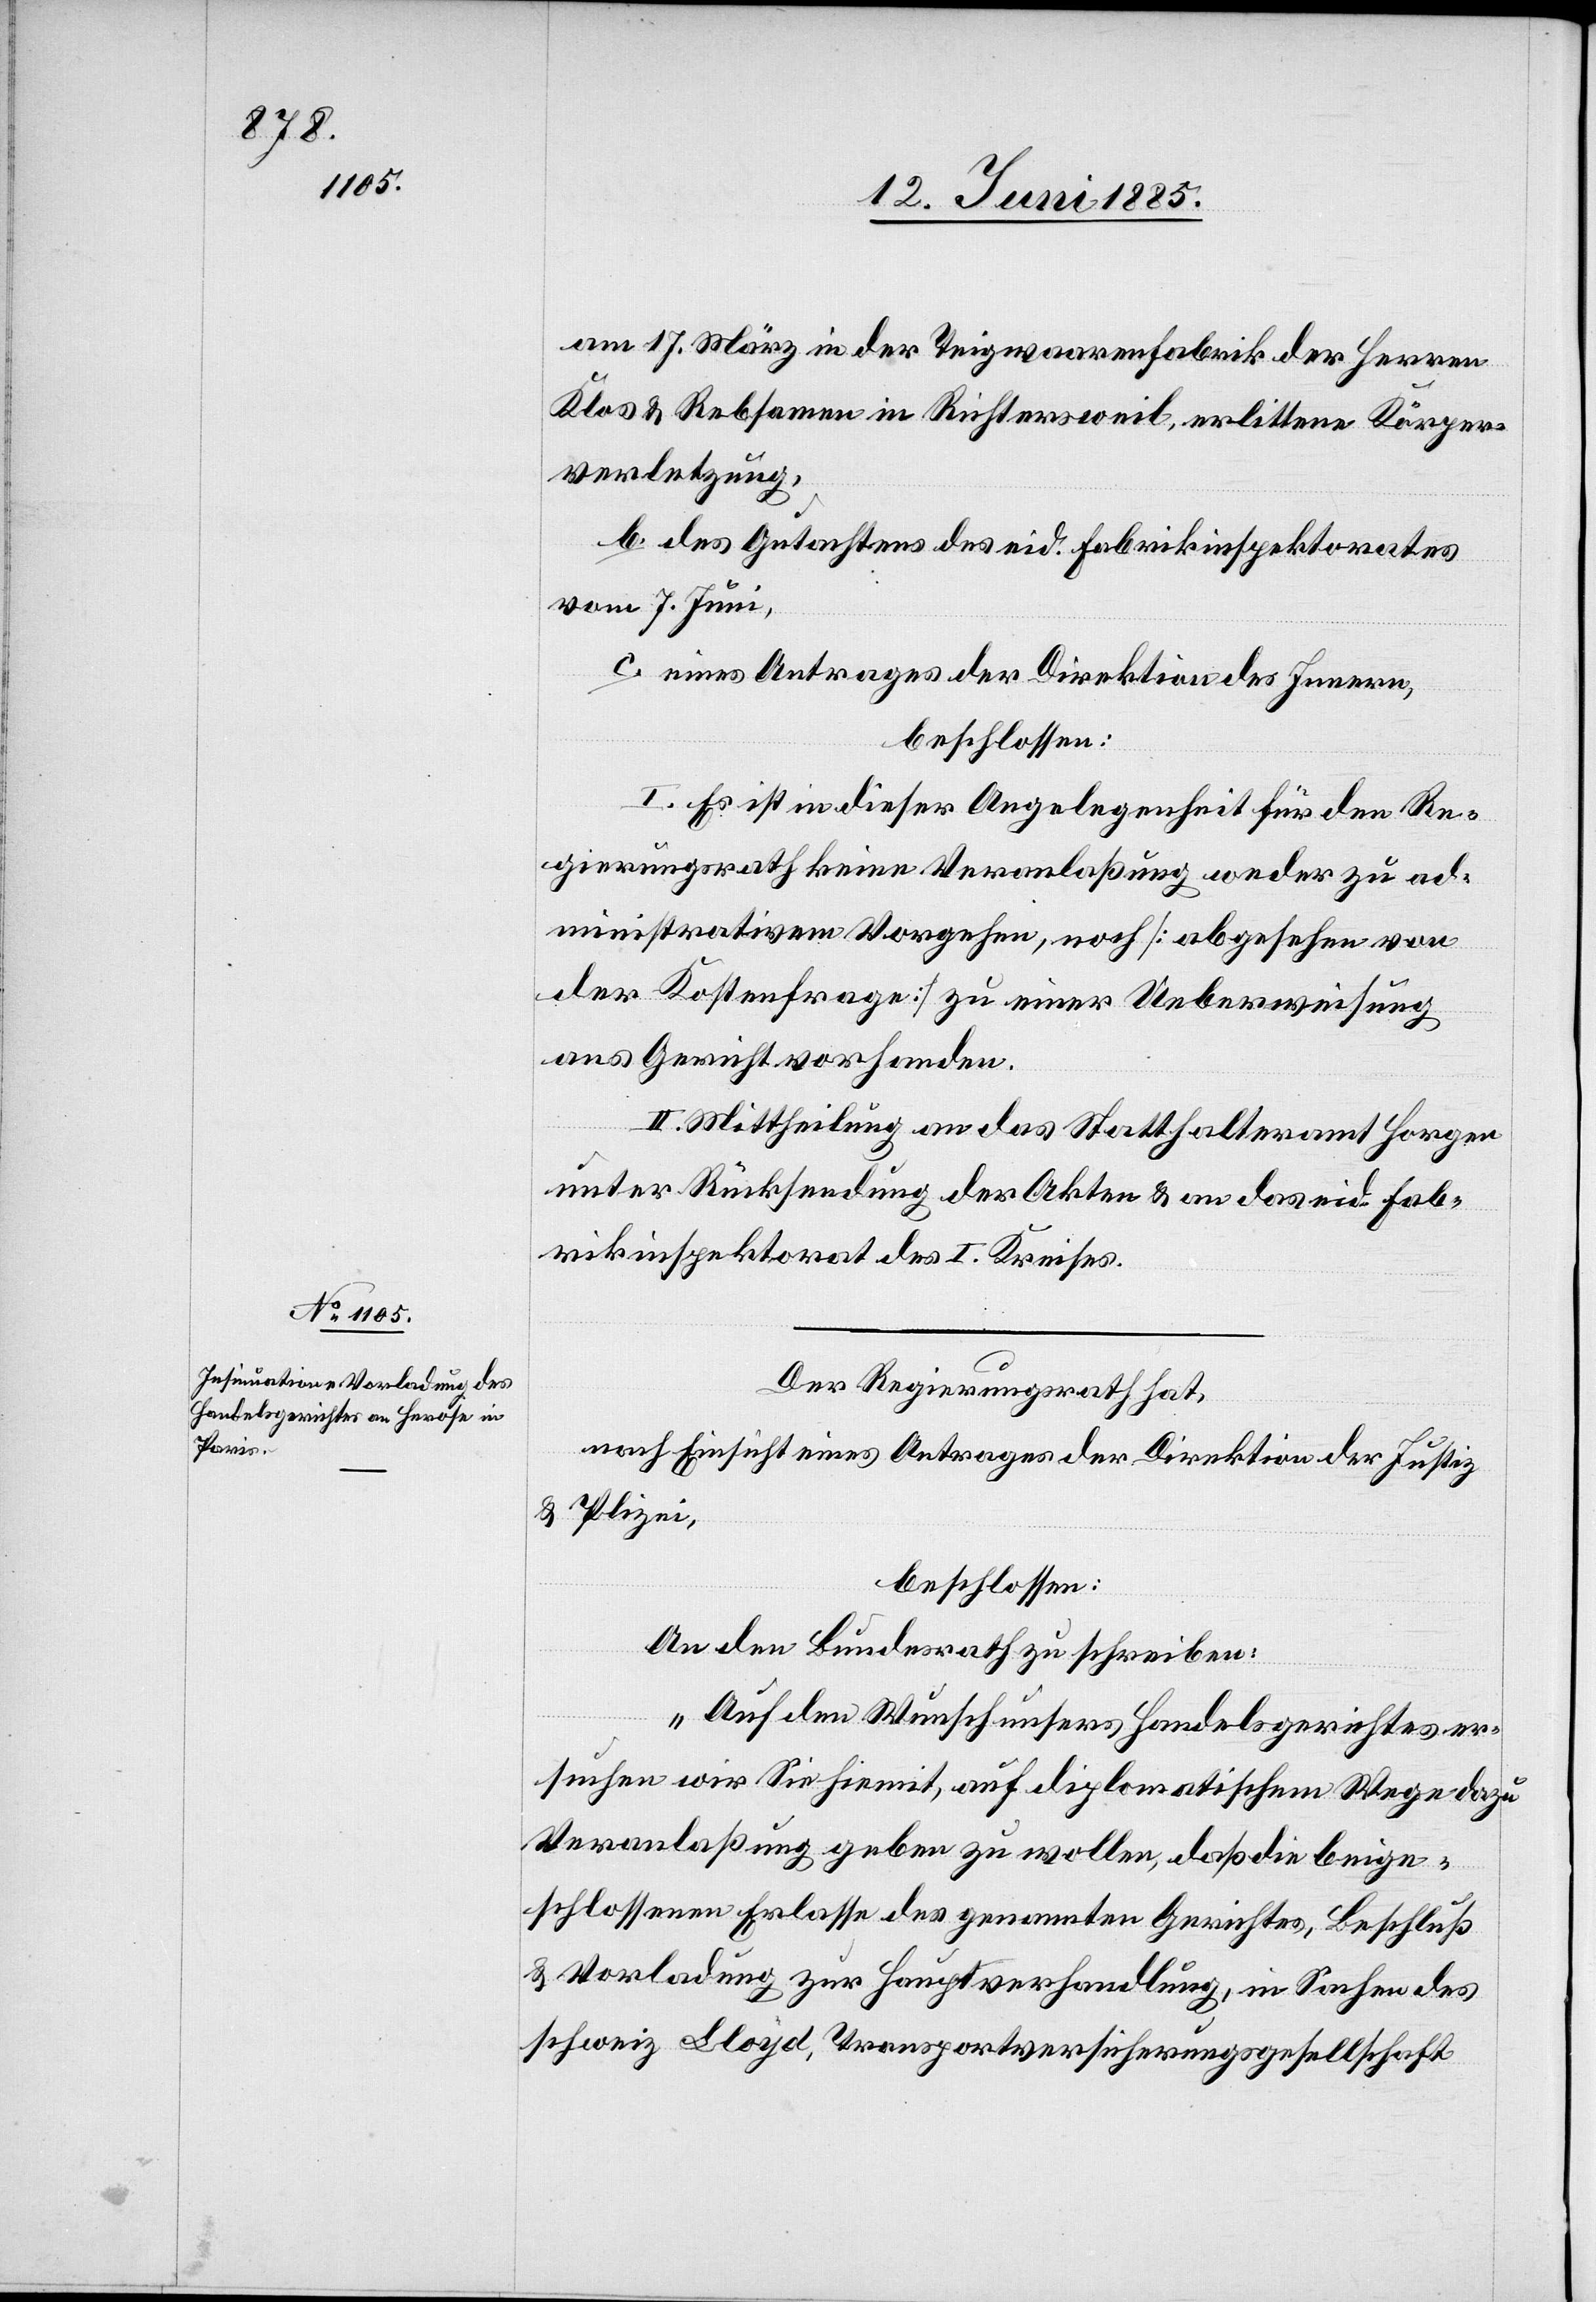
am 17. März in der Teigwarenfabrik der Herren
Klos & Rebsamen in Richtersweil, erlittene Körper¬
verletzung,
b. des Gutachtens des eid. Fabrikinspektorates
vom 7. Juni,
c. eines Antrages der Direktion des Innern,
beschlossen:
I. Es ist in dieser Angelegenheit für den Re¬
gierungsrath keine Veranlaßung weder zu ad¬
ministrativem Vorgehen, noch [abgesehen von
der Kostenfrage] zu einer Ueberweisung
ans Gericht vorhanden.
II. Mittheilung an das Statthalteramt Horgen
unter Rücksendung der Akten & an das eid. Fab¬
rikinspektorat des I. Kreises.
Der Regierungsrath hat,
nach Einsicht eines Antrages der Direktion der Justiz
& Polizei,
beschlossen:
An den Bundesrath zu schreiben:
„Auf den Wunsch unseres Handelsgerichtes er¬
suchen wir Sie hiemit, auf diplomatischem Wege dazu
Veranlaßung geben zu wollen, daß die beige¬
schlossenen Erlasse des genannten Gerichtes, Beschluß
& Vorladung zur Hauptverhandlung, in Sachen des
Schweiz Lloyd, Transportversicherungsgesellschaft